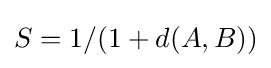
S=1/(1+d(A,B))